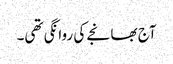
آج بھانجے کی روانگی تھی۔